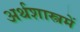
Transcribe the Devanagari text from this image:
अर्थशास्त्रमें